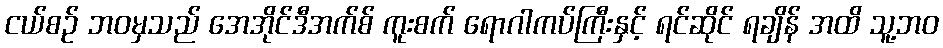
ငယ်စဉ် ဘဝမှသည် အေအိုင်ဒီအက်စ် ကူးစက် ရောဂါကပ်ကြီးနှင့် ရင်ဆိုင် ရချိန် အထိ သူ့ဘဝ